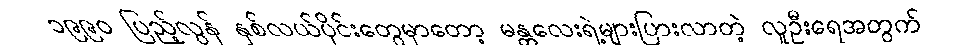
၁၉၉၀ ပြည့်လွန် နှစ်လယ်ပိုင်းတွေမှာတော့ မန္တလေးရဲ့များပြားလာတဲ့ လူဦးရေအတွက်